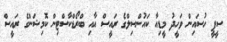
ސީޕީ ހުސައިން ވަހީދު މީޑިއާ ކައުންސިލްގެ ރައީސް އާއި ބްރޯޑްކާސްޓިން ކޮމިޝަންގެ ރައީސް